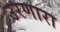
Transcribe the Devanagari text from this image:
उरणारा